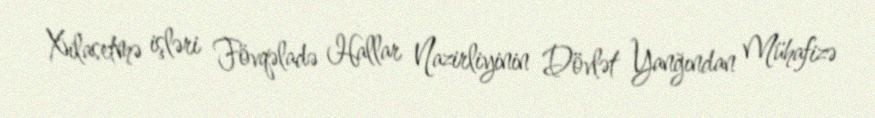
Xilasetmə işləri Fövqəladə Hallar Nazirliyinin Dövlət Yanğından Mühafizə